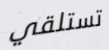
تستلقي